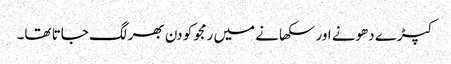
کپڑے دھونے اور سکھانے میں رمجو کو دن بھر لگ جاتا تھا۔